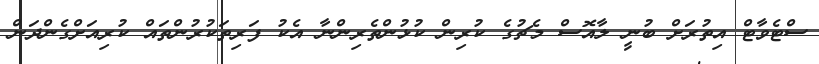
ސްޓެވާޓް އިތުރަށް ބުނީ ލާއޮސް މެޗުގެ ކުރިން ކުޅުންތެރިންނާ އެކު ފަރިތަކުރުންތައް ކުރިއަށްގެންދަން